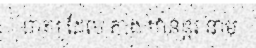
ពាក្យ ដែល តាង ឋានន្តរ នាម